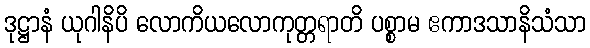
ဒုဋ္ဌာနံ ယုဂါနိပိ လောကိယလောကုတ္တရာတိ ပစ္စာမ ဧကာဒသာနိသံသာ